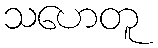
သဟေတူ